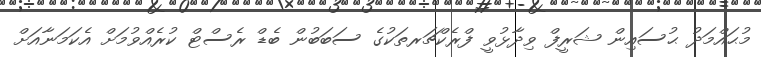
މުޙައްމަދު ޙުސައިން ޝަރީފް ވިދާޅުވީ ފްރެކްޗަރތަކުގެ ސަބަބުން ބެޑް ރެސްޓް ކުރެއްވުމަށް އެކަމަނާއަށް